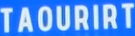
TAOURIRT